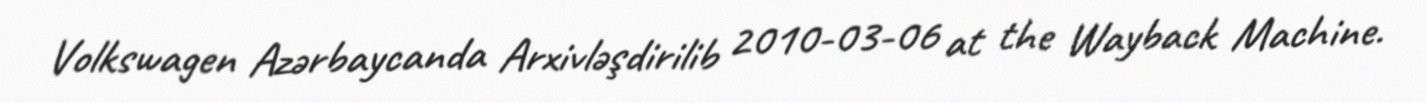
Volkswagen Azərbaycanda Arxivləşdirilib 2010-03-06 at the Wayback Machine.